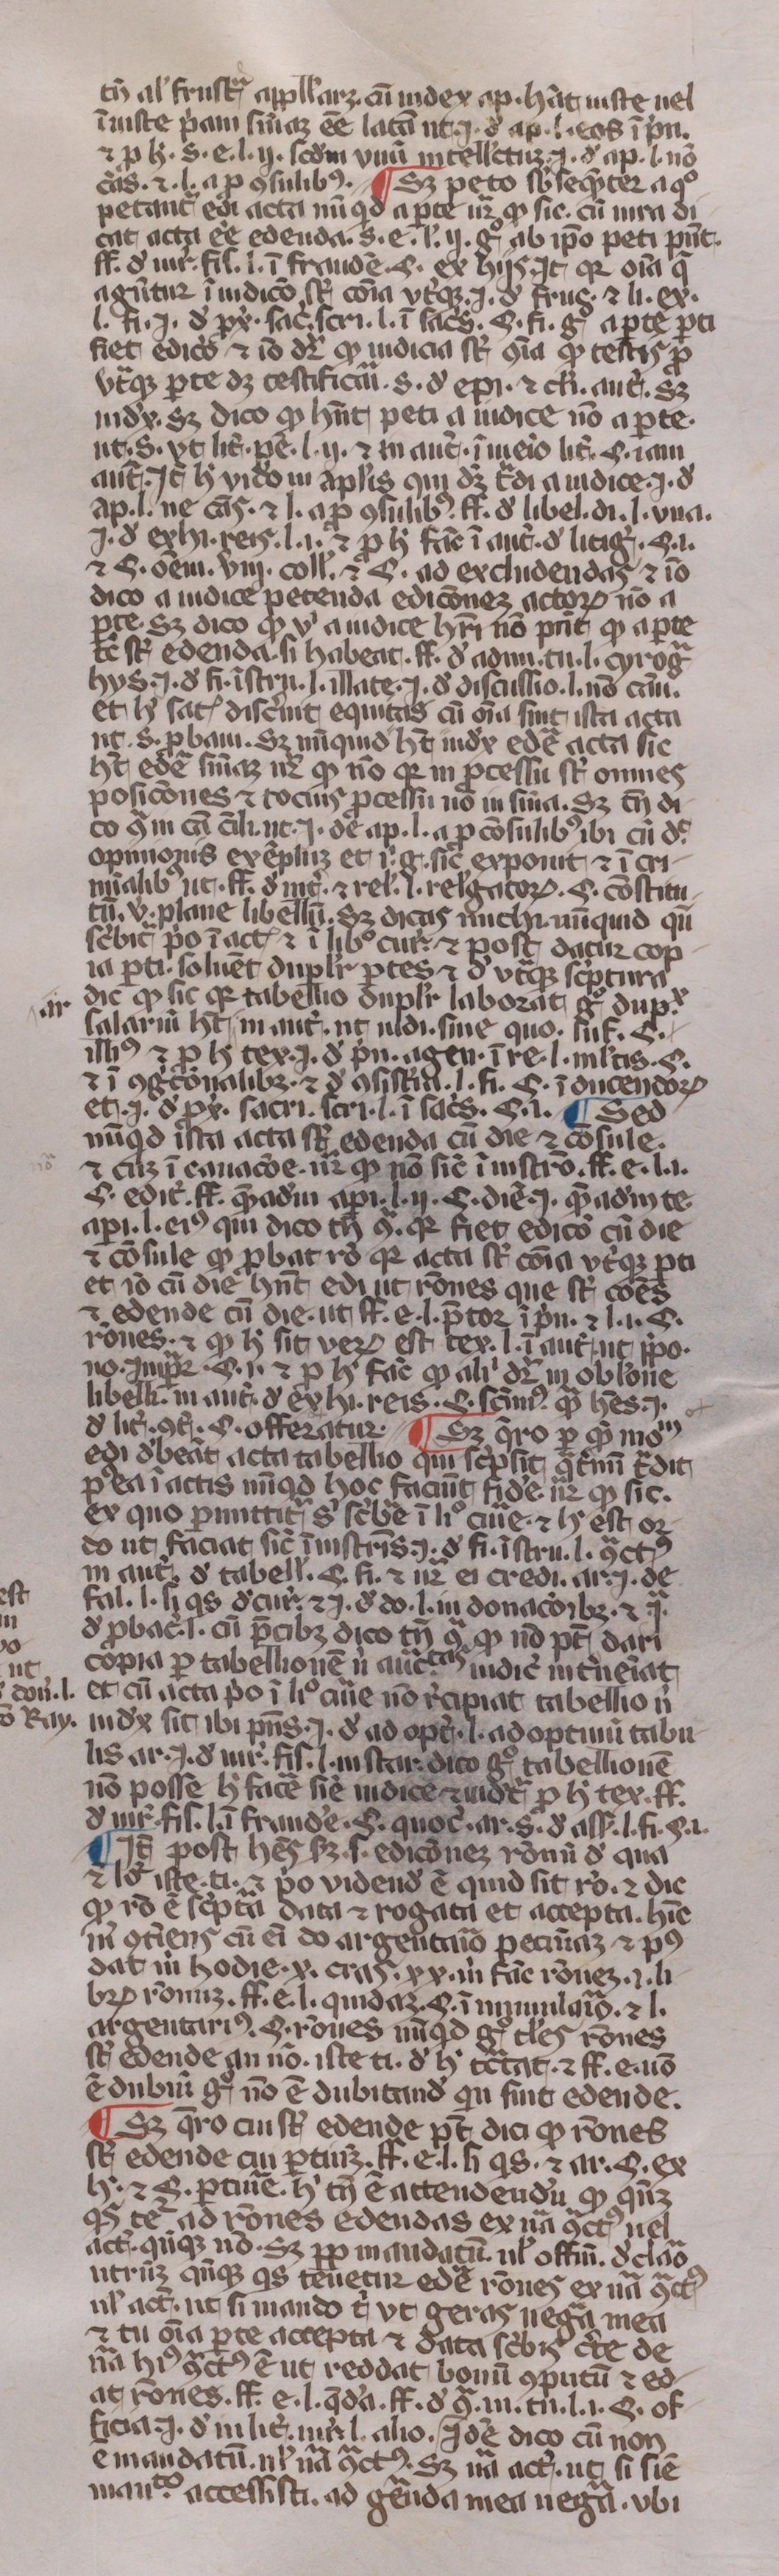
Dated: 1350–1399